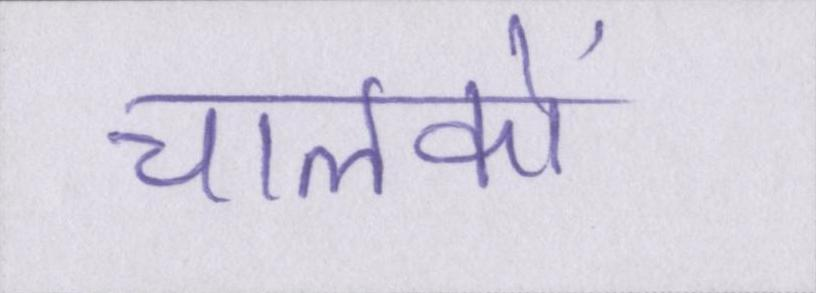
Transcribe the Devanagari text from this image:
चालकों